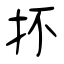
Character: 抔